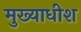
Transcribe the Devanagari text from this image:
मुख्याधीश